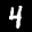
Label: 4